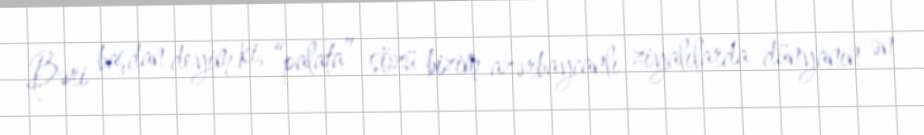
Bəri başdan deyim ki, “palata” sözü bizim azərbaycanlı ziyalılarda dünyanın ən